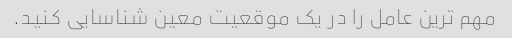
مهم ترین عامل را در یک موقعیت معین شناسایی کنید.